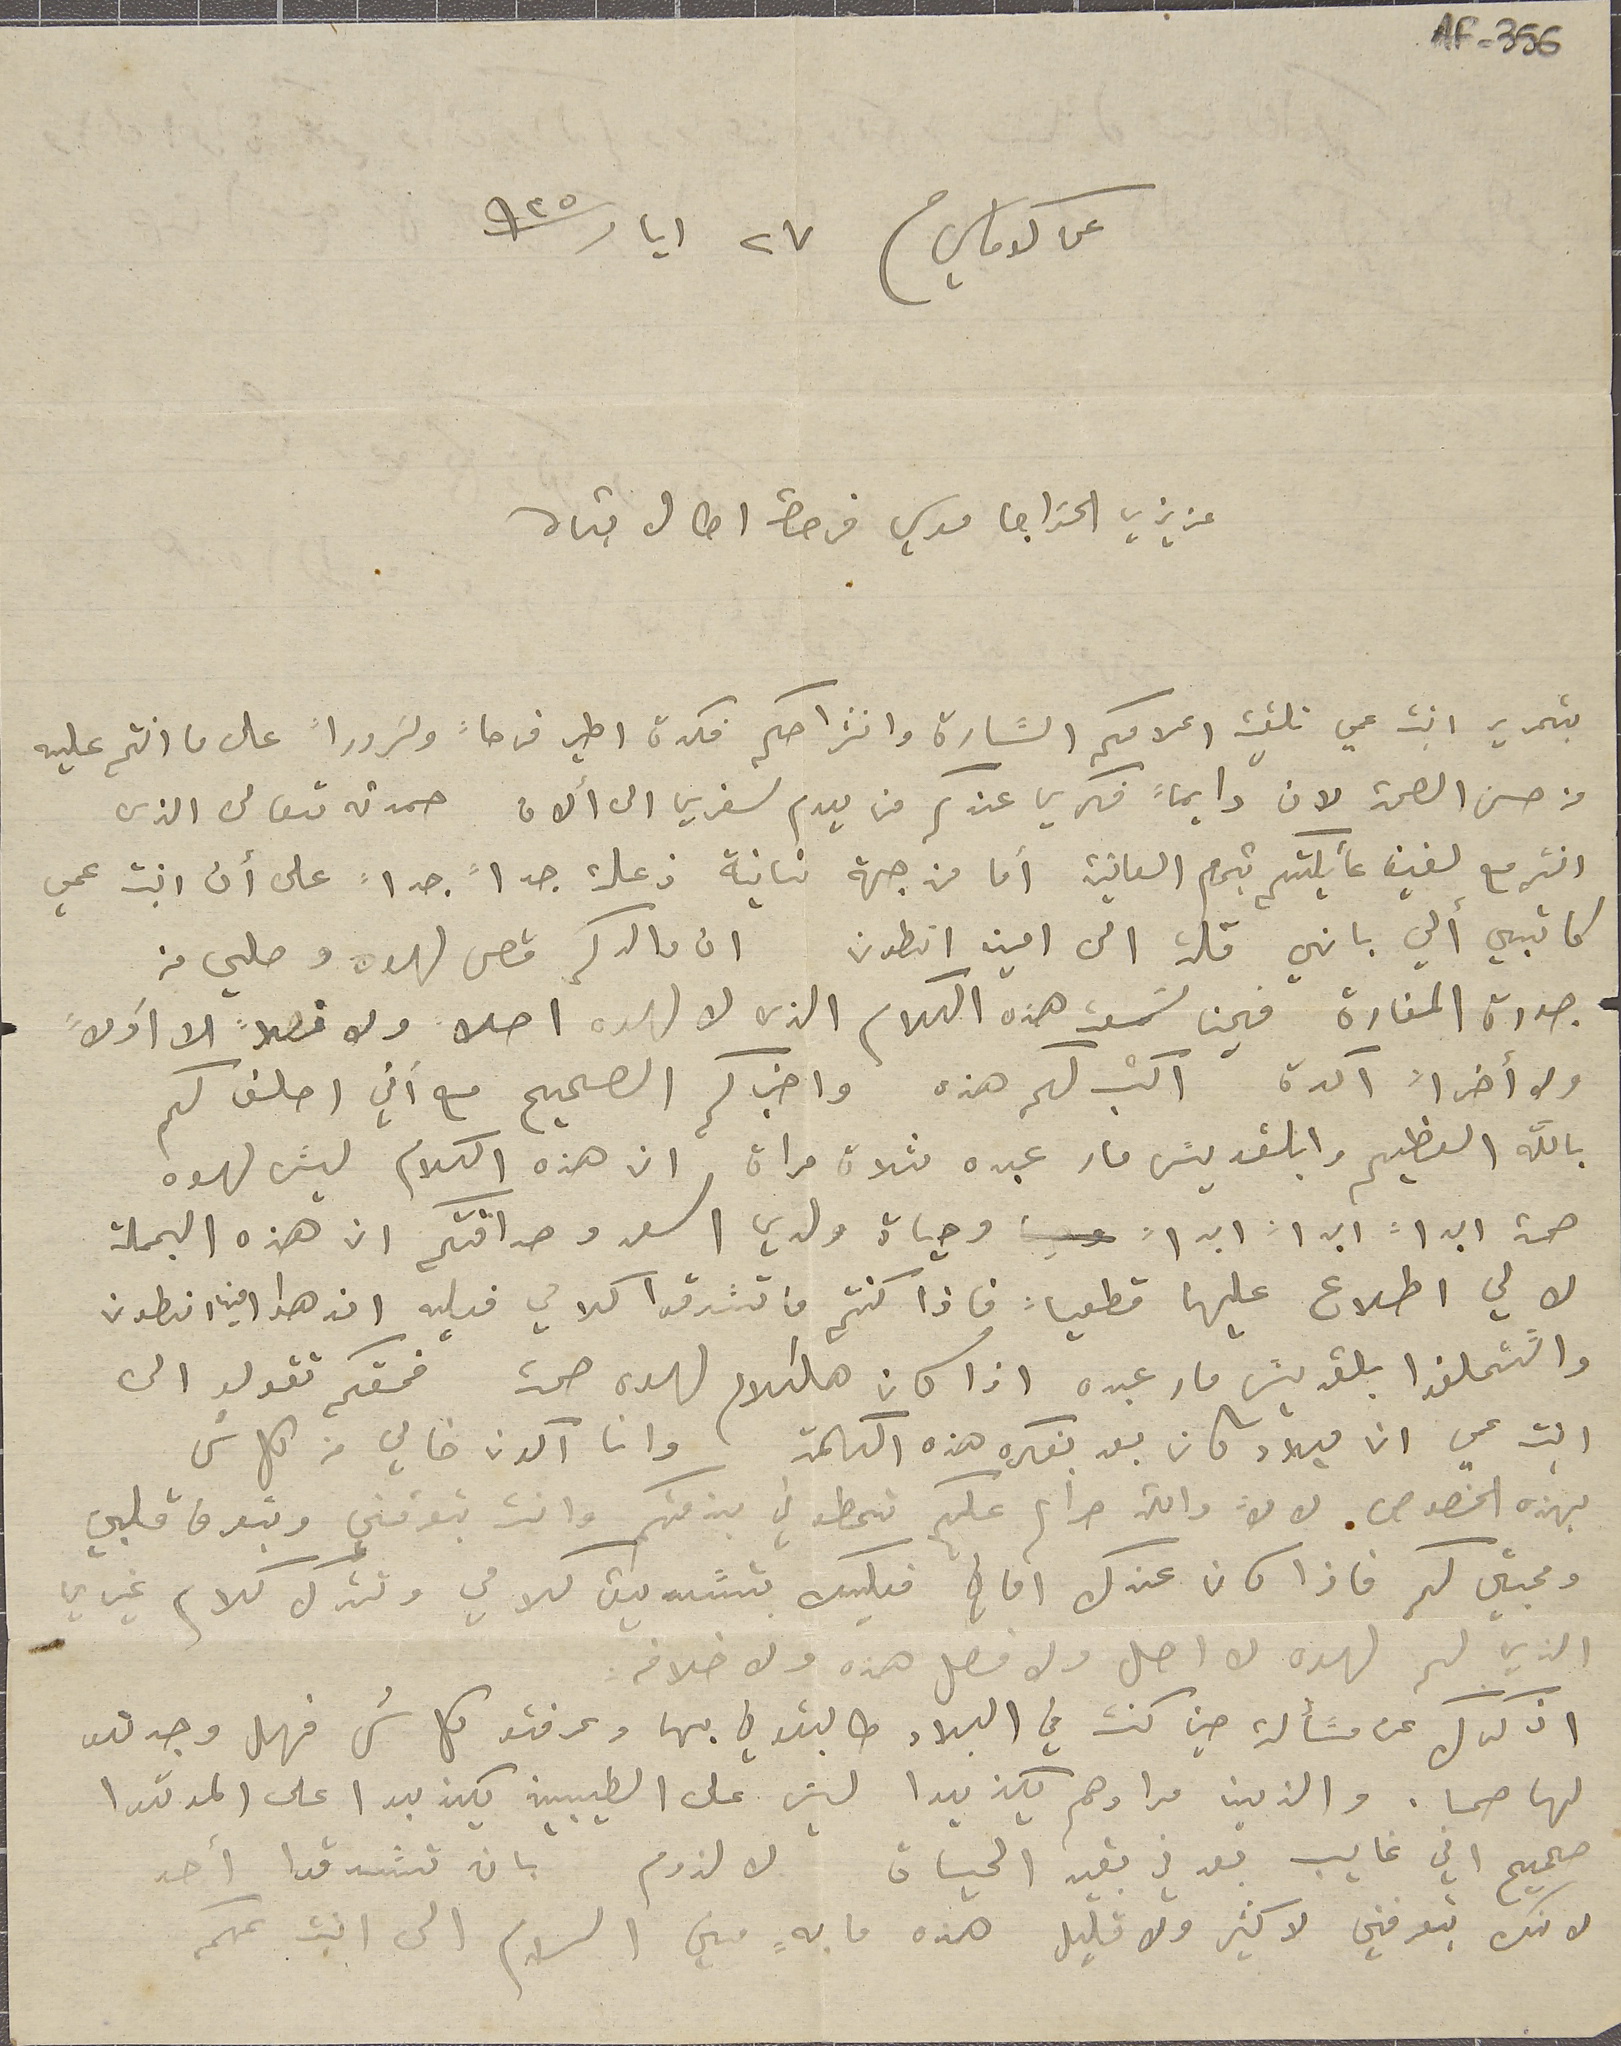
AF-356
عن كوماسَي فى ٢٧ ايار سنة ٩٢٥
عزيزي الخواجا موسي فرحات اطال بقاه
بتحرير ابنة عمي تلقيت اعلامكم السَّارة وانشراحكم فكدة اطير فرحاً وسَروراً على ما انتم عليه
 من حسن الصحة لان دايماً فكري عندكم من يوم سفري الى ألان حمدته تعالى الذى
انتم مع لفيف عائيلتكم بتمام العافية أما من جهة تانية ذعلت جداً جداً على أن ابنت عمي
كاتبي ألي باني قلت الى امين انطون ان والدكم قص لهوه وصلي من
جدرة المنارة فحين سَمعت هذه الكلام الذي لا لهوه اصلا ولا فصلاً لا أولاً
ولا أخراً آكدة اكتب لكم هذه واخبركم الصحيح مع اني احلف لكم
بالله العظيم وابالقديسَ مار عبده ثلاث مرات ان هذه الكلام ليسَ لهوه
صحة ابداً ابداً ابداً وحياة ولدي اسعد وصداقتكم ان هذه الجملة
لا لي اطلاع عليها قطعياً فاذا كنتم ما تسَدقوا كلامي فعليه ان هدا اخي انطون
والتتحلفوا بالقديسَ مار عبده اذا كان هالكلام لهوه صحت فحقكم تقولو الى
ابنت عمي ان ميلاد كان بعد بفكره هذه الكلمة وانا اكون خالي من كل شى
بهذه الخصوص لان والله حرام عليكم تحطوني بذمتكم وانت بتعرفني وبتعرف قلبي
ومحبتي لكم فاذا كان عندك اماني فعليك بتسَديق كلامي وتترك كلام غيري
اذكرك عن مسَألة حين كنت في البلاد طالبتوني بها وعرفتو كل شى فهل وجدتو
لها صحا. والذين مرادهم يكذبوا ليش على الطيبين يكذبوا على المرقوا
صحيح اني غايب بعد في بقيه الحياة لا لزوم بان تسَدقوا أحد
لانك بتعرفني لا كثير ولا قليل هذه ما بهٍ مني السلام الى ابنت عمكم
الذي لم لهذه لا اصل ولا فصل هذه ولا خلافه.